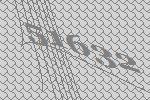
51632